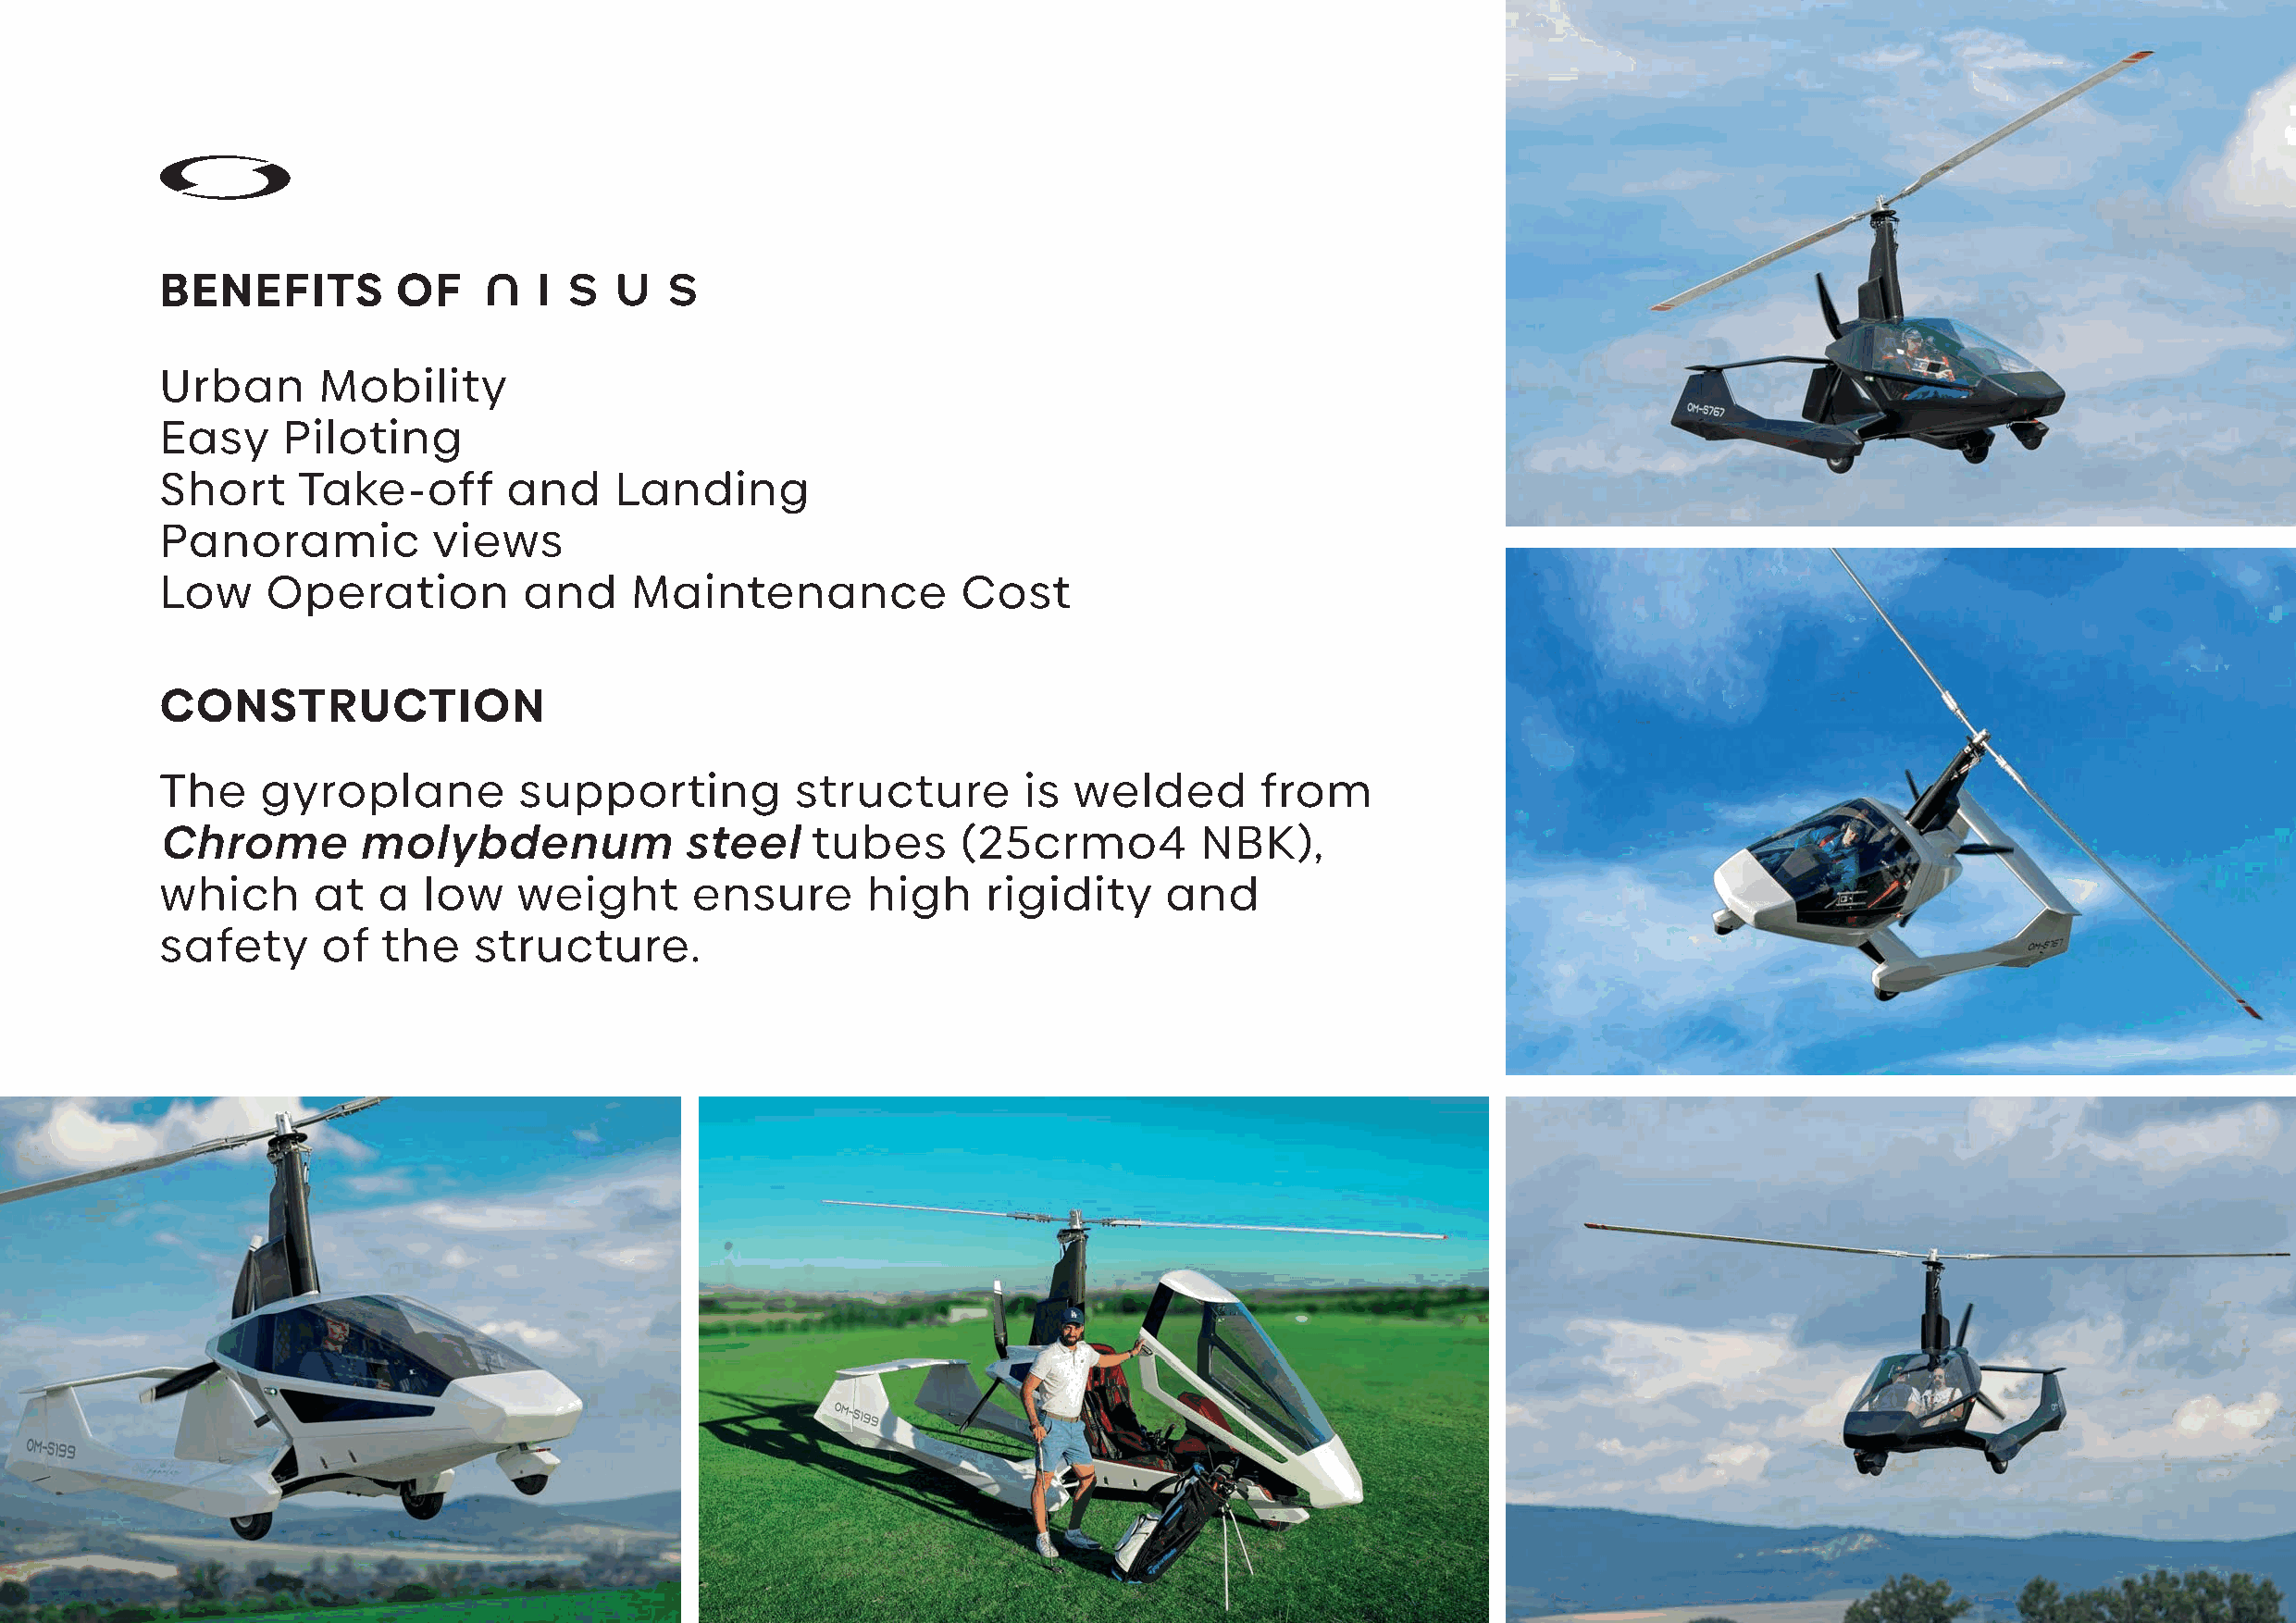
BENEFITS         OF
 Urban       Mobility
 Easy     Piloting
 Short     Take-off       and     Landing
 Panoramic           views
 Low     Operation         and     Maintenance             Cost
 CONSTRUCTION
 The     gyroplane         supporting          structure       is  welded       from
 Chrome         molybdenum             steel    tubes      (25crmo4         NBK),
 which      at   a  low    weight       ensure      high     rigidity    and
 safety      of  the    structure.